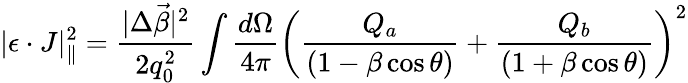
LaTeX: |\epsilon\cdot J|_{\| }^{2}={\frac{|\Delta\vec{\beta}|^{2}}{2q_{0}^{2}}}\int{\frac{d\Omega}{4\pi}}\left({\frac{Q_{a}}{(1-\beta\cos\theta)}}+{\frac{Q_{b}}{(1+\beta\cos\theta)}}\right)^{2}